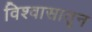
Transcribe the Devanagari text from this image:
विश्वासातून